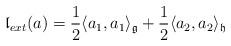
LaTeX: \begin{align*} {\mathfrak l}_{ext}(a)= \frac{1}{2}\langle a_1, a_1\rangle_{\mathfrak g}+ \frac{1}{2}\langle a_2, a_2\rangle_{\mathfrak h}\end{align*}